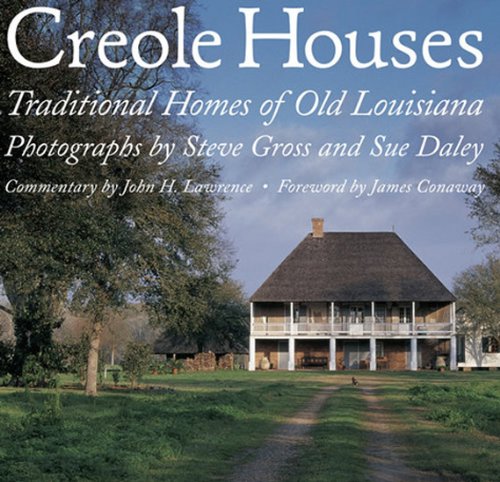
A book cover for Creole Houses: Traditional Homes of Old Louisiana; Steve Gross; Arts & Photography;